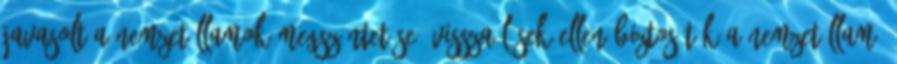
javasolt a nemzetállamok megszüntetése. Visszaélések ellen biztosíték a nemzetállam.